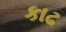
કાઢ